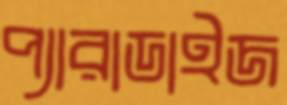
প্যারাডাইজ